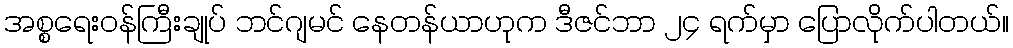
အစ္စရေးဝန်ကြီးချုပ် ဘင်ဂျမင် နေတန်ယာဟုက ဒီဇင်ဘာ ၂၄ ရက်မှာ ပြောလိုက်ပါတယ်။